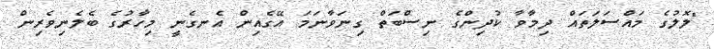
"ލޮލުގެ މައްސަލަތައް ދިމާވާ ކުދިންގެ ނިސްބަތް ގިނަވާނަމަ އޭގެއިން އެނގެނީ މިހާރުގެ ބެލެނިވެރިން